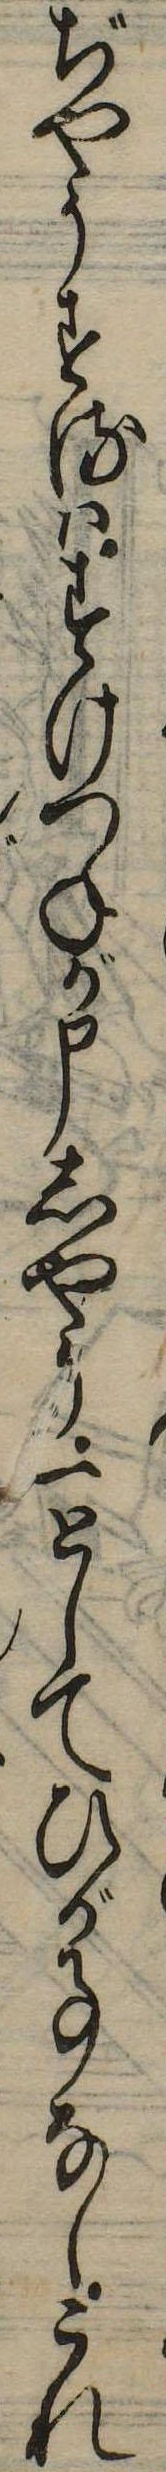
ぢやうするはすけつねが申しやう一としてひが事なしこれ